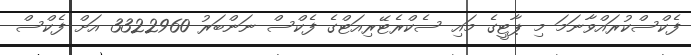
ފެކްސްކުރައްވާނަމަ މި ޕާޓީގެ މައި ސެކްރެޓޭރިއަޓްގެ ފެކްސް ނަންބަރު 3322960 އަށް ފެކްސް